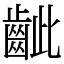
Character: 齜